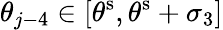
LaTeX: \theta_{j-4}\in[\theta^{\mathrm{s}},\theta^{\mathrm{s}}+\sigma_{3}]